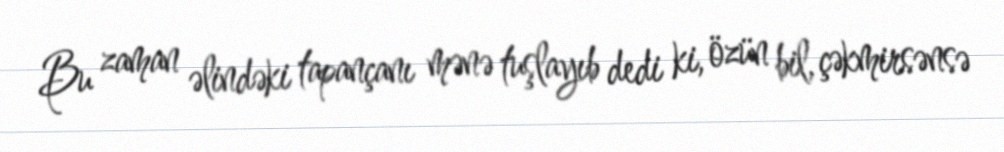
Bu zaman əlindəki tapançanı mənə tuşlayıb dedi ki, özün bil, çəkmirsənsə